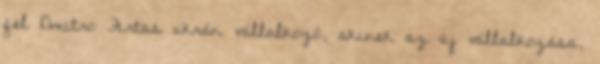
fel Dmitro Firtas ukrán vállalkozó, akinek az új vállalkozása,